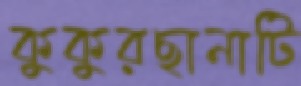
কুকুরছানাটি